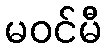
မဝင်မီ